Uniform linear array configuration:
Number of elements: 12
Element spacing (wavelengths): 0.25
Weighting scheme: uniform
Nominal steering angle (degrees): -45
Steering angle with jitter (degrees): -44.607
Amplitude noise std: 0.05
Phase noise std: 0.05

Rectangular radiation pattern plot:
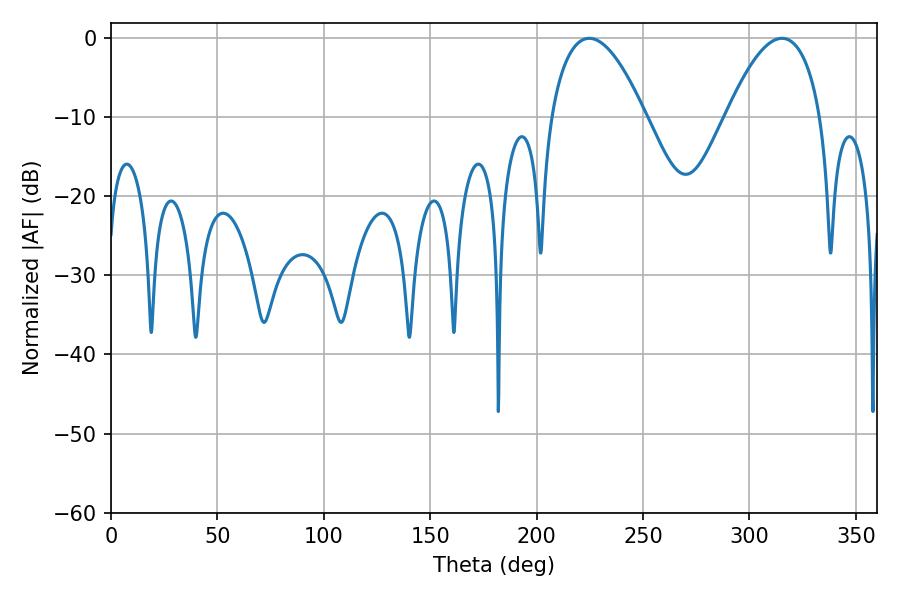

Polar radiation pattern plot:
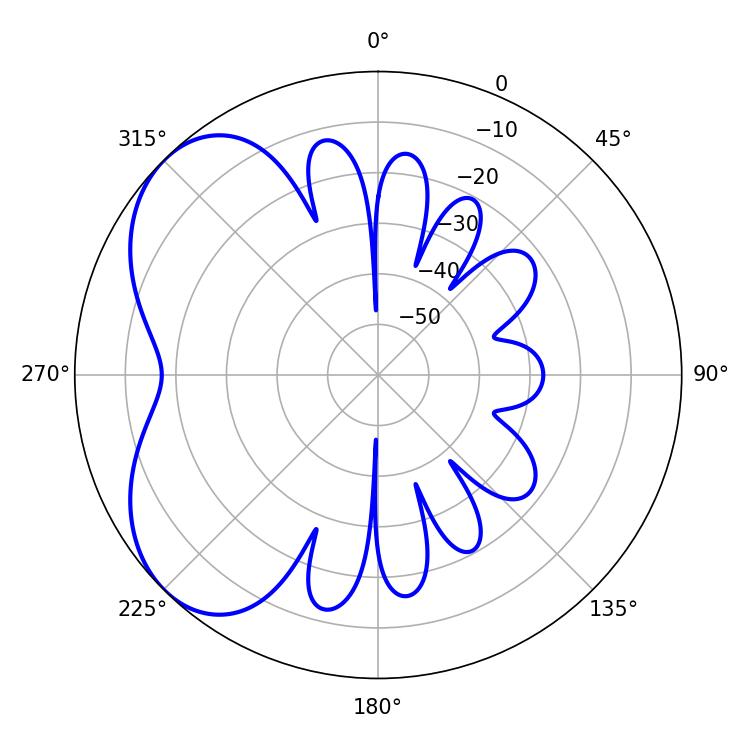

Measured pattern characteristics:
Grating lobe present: FALSE
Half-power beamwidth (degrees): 24.66
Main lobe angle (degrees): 224.64